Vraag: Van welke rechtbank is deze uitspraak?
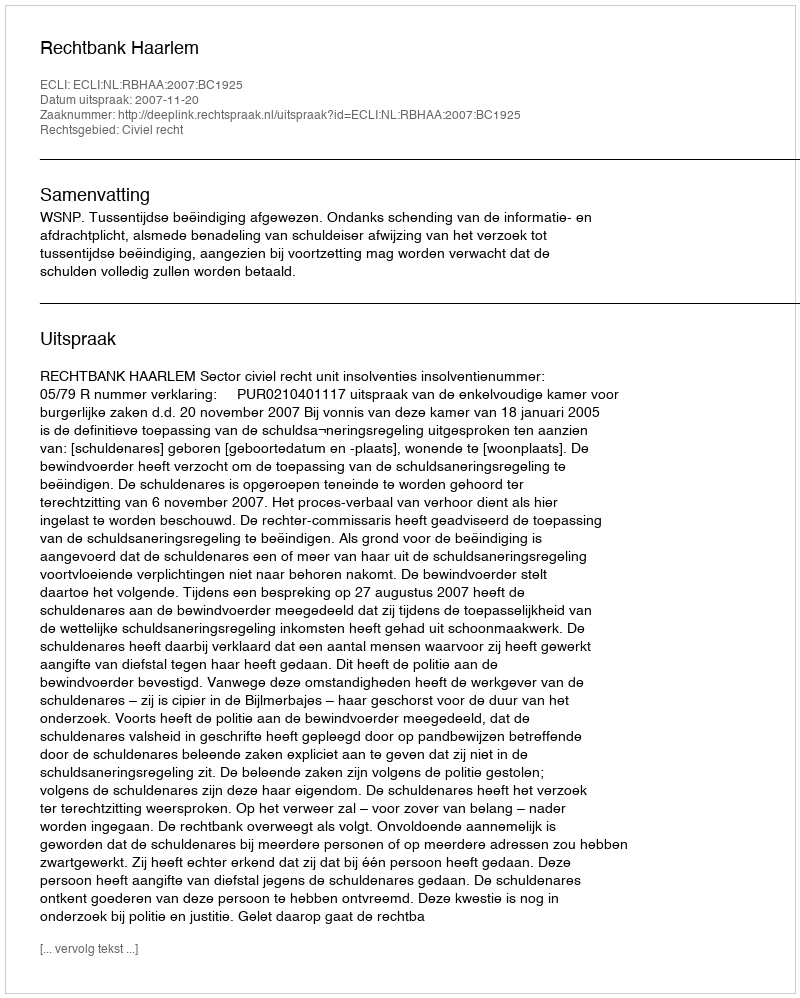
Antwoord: Rechtbank Haarlem